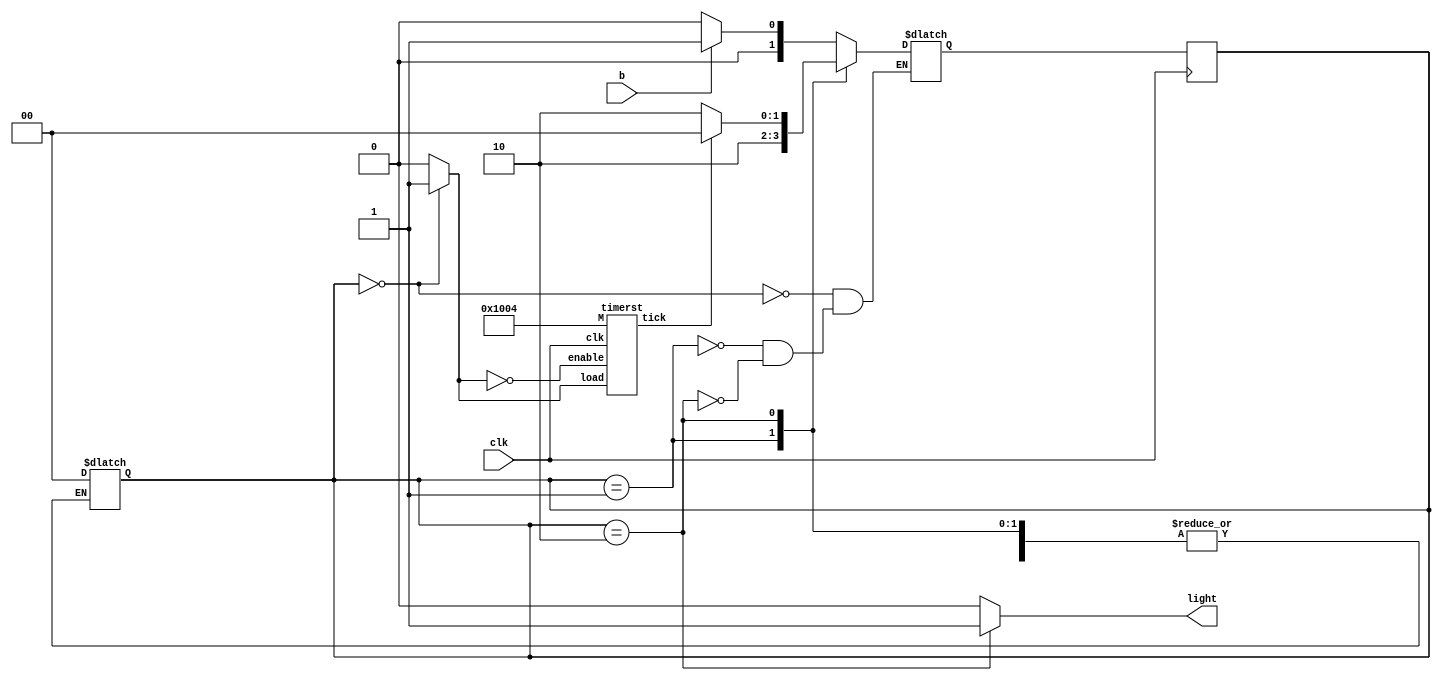
`timescale 1ns / 1ps
module laser_surgery_sys
(
	input wire b ,
	input wire clk ,
	output reg light
);

wire timer;
reg reset;
reg [31:0] clock_per = 32'd4100; // 82 * 10^-6 / (20*10^-9)

reg [1:0] current_state ; 
reg [1:0] next_state ; 

// --------------------------------------
// Comb. Logic - FSM  
// --------------------------------------

localparam OFF   = 2'b00 ; 
localparam START = 2'b01 ; 
localparam ON    = 2'b10 ; 

always @(*) begin 
 case (current_state) 
 
 OFF : begin
	light = 0;
	reset = 1;
	if(b == 1) begin
		next_state = START;
	end  
	else begin
		next_state = OFF;
	end
 end 
 START : begin
	light = 0;
	reset = 0;
	next_state = ON;
 end 
 ON : begin
	light = 1;
	reset = 0;
	if(timer == 1) begin
		next_state = OFF;
	end  
	else begin
		next_state = ON;
	end
 end 
 default : begin 
	 current_state = OFF; 
	 light = 0 ; 
	 reset = 0;
 end
 
 endcase 
end 


// --------------------------------------
// Sequential logic 
// --------------------------------------

always @(posedge clk) begin
	current_state = next_state ; 
end 

// --------------------------------------
// Timer instantiation 
// --------------------------------------

timerst  timer_st(
		.clk(clk), 
		.load(reset), 
		.enable(!reset) , 
		.M(clock_per) , 
		.tick(timer)
	);
	
endmodule

module timerst(
input wire clk, load, enable,
input wire [31:0] M, output tick );

reg [31:0] register;
always @(posedge clk) begin
	if(load == 1'b1) begin
		register <= M - 32'd1;
	end
end

wire [31:0] dcounterin;
assign dcounterin = (load == 1'b1) ? M - 32'd1 : register;

reg [31:0] downcounter;
always @(posedge clk) begin
	if((load == 1'b1) || (tick == 1'b1)) begin
		downcounter <= dcounterin;
	end
	else if (enable == 1'b1) begin
		downcounter <= downcounter - 32'd1;
	end
end

assign tick = (downcounter == 32'd0) ? 1'b1 : 1'b0;

endmodule